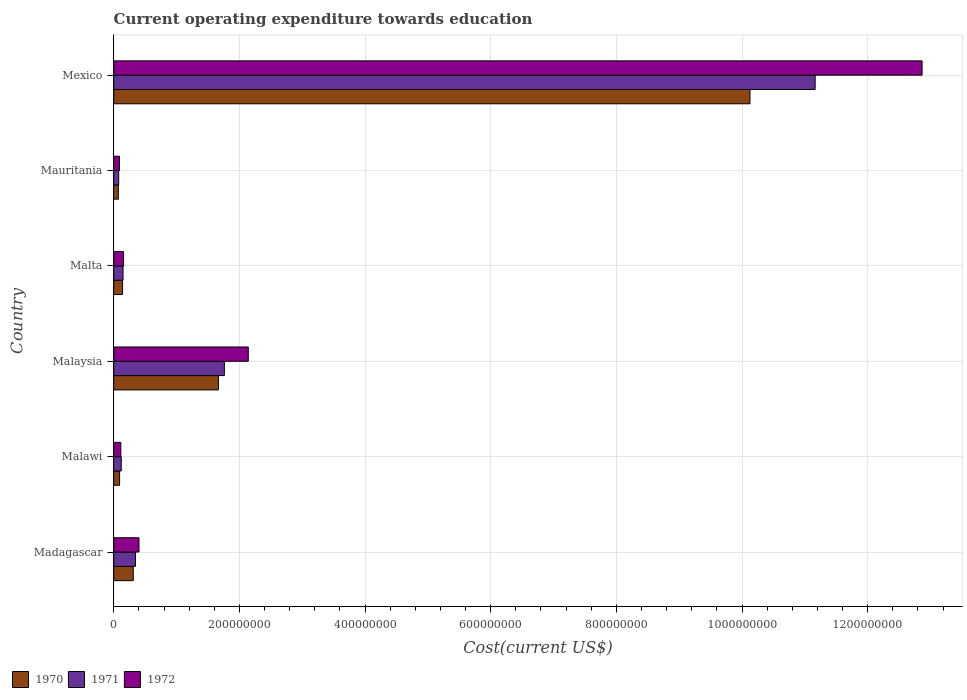
| Country | 1970 | 1971 | 1972 |
 | --- | --- | --- | --- |
 | Madagascar | 3.1e+07 | 3.46e+07 | 4.02e+07 |
 | Malawi | 9.35e+06 | 1.19e+07 | 1.12e+07 |
 | Malaysia | 1.67e+08 | 1.76e+08 | 2.14e+08 |
 | Malta | 1.4e+07 | 1.48e+07 | 1.56e+07 |
 | Mauritania | 7.33e+06 | 7.89e+06 | 9.19e+06 |
 | Mexico | 1.01e+09 | 1.12e+09 | 1.29e+09 |